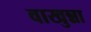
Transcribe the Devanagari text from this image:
वाखुन्ना